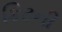
કિટની